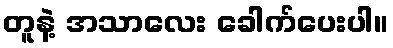
တူနဲ့ အသာလေး ခေါက်ပေးပါ။